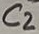
Text: C2